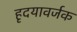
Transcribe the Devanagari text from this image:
हृदयावर्जक